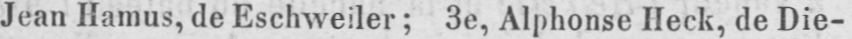
Jean Hamus, de Eschweiler; 3e, Alphonse Heck, de Die-